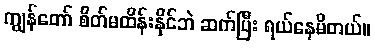
ကျွန်တော် စိတ်မထိန်းနိုင်ဘဲ ဆက်ပြီး ရယ်နေမိတယ်။